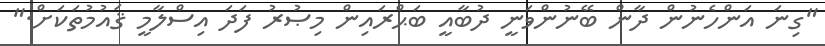
"ގިނަ އަންހެނުން ދާން ބޭނުންވަނީ ދުބާއީ ބަޙްރައިން މިޞުރު ފަދަ އިސްލާމީ ޤައުމުތަކަށް."